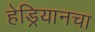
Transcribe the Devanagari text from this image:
हेड्रियानचा